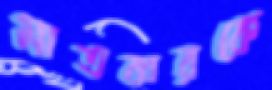
মাতব্বরকে